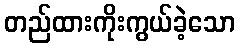
တည်ထားကိုးကွယ်ခဲ့သော